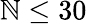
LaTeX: \mathbb{N}\leq30